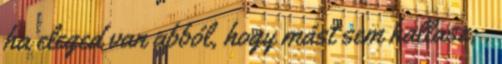
ha eleged van abból, hogy mást sem hallasz, .